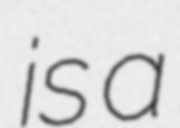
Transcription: is a